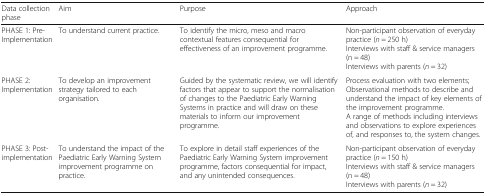
<table><thead><tr><td><b>Data collection phase</b></td><td><b>Aim</b></td><td><b>Purpose</b></td><td><b>Approach</b></td></tr></thead><tbody><tr><td>PHASE 1: Pre-Implementation</td><td>To understand current practice.</td><td>To identify the micro, meso and macro contextual features consequential for effectiveness of an improvement programme.</td><td>Non-participant observation of everyday practice (<i>n</i> = 250 h)Interviews with staff &amp; service managers (n = 48)Interviews with parents (<i>n</i> = 32)</td></tr><tr><td>PHASE 2: Implementation</td><td>To develop an improvement strategy tailored to each organisation.</td><td>Guided by the systematic review, we will identify factors that appear to support the normalisation of changes to the Paediatric Early Warning Systems in practice and will draw on these materials to inform our improvement programme.</td><td>Process evaluation with two elements;Observational methods to describe and understand the impact of key elements of the improvement programme.A range of methods including interviews and observations to explore experiences of, and responses to, the system changes.</td></tr><tr><td>PHASE 3: Post-implementation</td><td>To understand the impact of the Paediatric Early Warning System improvement programme on practice.</td><td>To explore in detail staff experiences of the Paediatric Early Warning System improvement programme, factors consequential for impact, and any unintended consequences.</td><td>Non-participant observation of everyday practice (<i>n</i> = 150 h)Interviews with staff &amp; service managers (n = 48)Interviews with parents (<i>n</i> = 32)</td></tr></tbody></table>